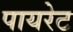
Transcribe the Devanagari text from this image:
पायरेट